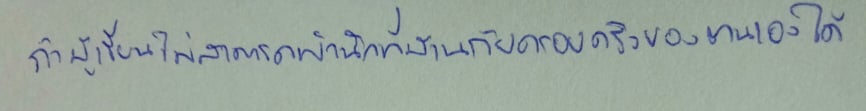
ถ้าผู้เรียนไม่สามารถพำนักที่บ้านกับครอบครัวของตนเองได้